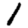
Digit: 1